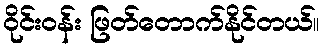
ဝိုင်း၀န်း ဖြတ်တောက်နိုင်တယ်။